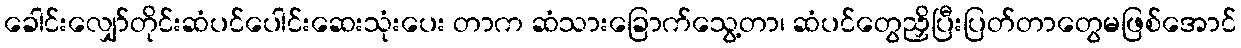
ခေါင်းလျှော်တိုင်းဆံပင်ပေါင်းဆေးသုံးပေး တာက ဆံသားခြောက်သွေ့တာ၊ ဆံပင်တွေညှိပြီးပြတ်တာတွေမဖြစ်အောင်